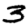
Digit: 3